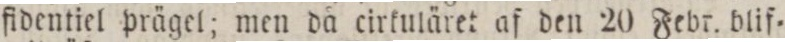
fidentiel prägel; men då cirkuläret af den 20 Febr. blif=